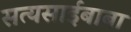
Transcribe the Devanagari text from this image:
सत्यसाईबाबा